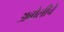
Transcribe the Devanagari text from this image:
अबोलीचे